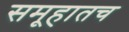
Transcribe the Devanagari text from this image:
समूहातच